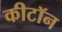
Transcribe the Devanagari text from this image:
कीटॉन